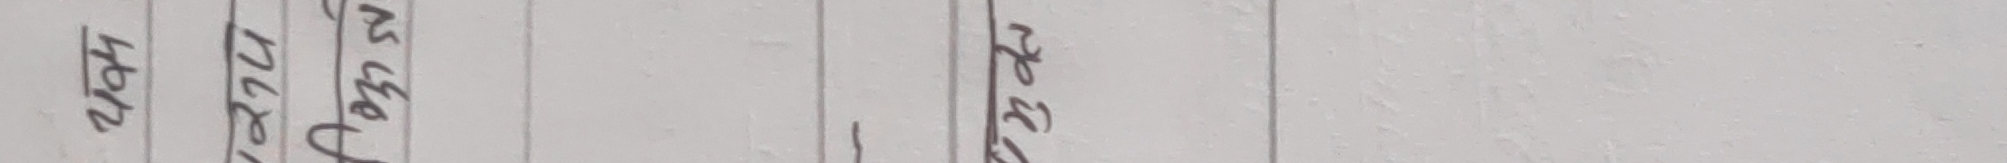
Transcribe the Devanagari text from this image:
२०७४ नेपाल अनुसार ईसवी